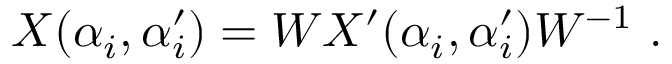
X ( \alpha _ { i } , \alpha _ { i } ^ { \prime } ) = W X ^ { \prime } ( \alpha _ { i } , \alpha _ { i } ^ { \prime } ) W ^ { - 1 } ~ .